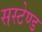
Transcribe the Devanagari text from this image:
सस्टेण्ड